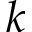
k